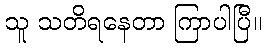
သူ သတိရနေတာ ကြာပါပြီ။